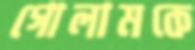
গোলামকে